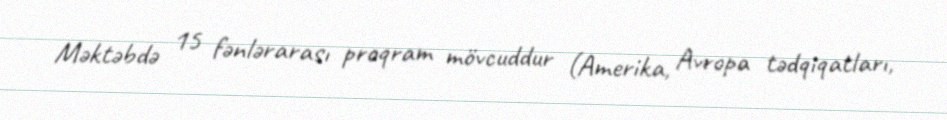
Məktəbdə 15 fənlərarası proqram mövcuddur (Amerika, Avropa tədqiqatları,